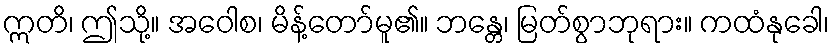
ဣတိ၊ ဤသို့။ အဝေါစ၊ မိန့်တော်မူ၏။ ဘန္တေ၊ မြတ်စွာဘုရား။ ကထံနုခေါ၊